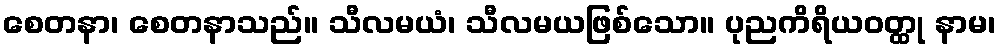
စေတနာ၊ စေတနာသည်။ သီလမယံ၊ သီလမယဖြစ်သော။ ပုညကိရိယဝတ္ထု နာမ၊